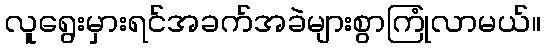
လူရွေးမှားရင်အခက်အခဲများစွာကြုံလာမယ်။